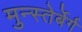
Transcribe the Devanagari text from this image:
मुन्स्तेर्बेर्ग